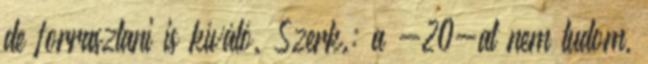
de forrasztani is kíváló. Szerk.: a -20-at nem tudom,